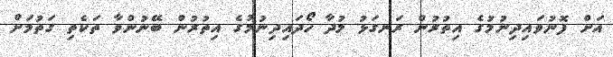
އަށް ފޮނުވައިދިނުމުގެ އިތުރުން ރަނގަޅު މުދާ ހޯދައިދިނުމުގެ އިތުރުން ބޭނުންވާ ތަކެތި ގަތުމަށް